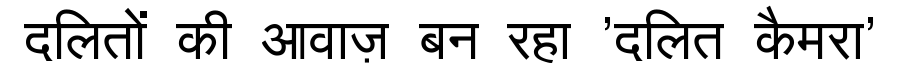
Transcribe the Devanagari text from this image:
दलितों की आवाज़ बन रहा 'दलित कैमरा'